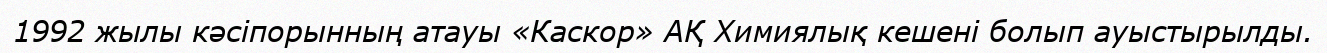
1992 жылы кәсіпорынның атауы «Каскор» АҚ Химиялық кешені болып ауыстырылды.